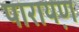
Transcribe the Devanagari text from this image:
पारायण़